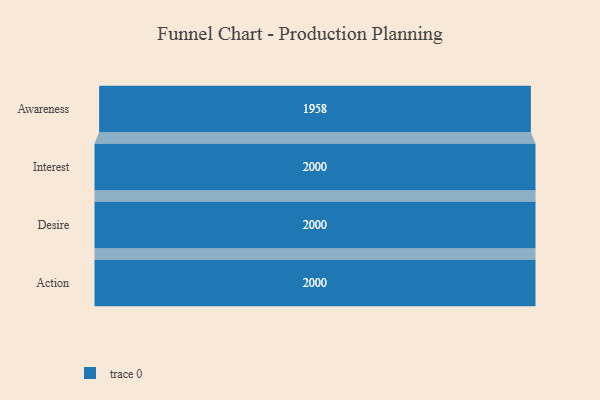
{"axis": {"x": "Stage", "y": "Value"}, "legend": [""], "data": [{"x": "Awareness", "y": 1958.0, "type": ""}, {"x": "Interest", "y": 2000, "type": ""}, {"x": "Desire", "y": 2000, "type": ""}, {"x": "Action", "y": 2000, "type": ""}]}